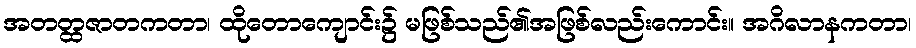
အတတ္ထဇာတကတာ၊ ထိုတောကျောင်း၌ မဖြစ်သည်၏အဖြစ်လည်းကောင်း။ အဂိလာနကတာ၊